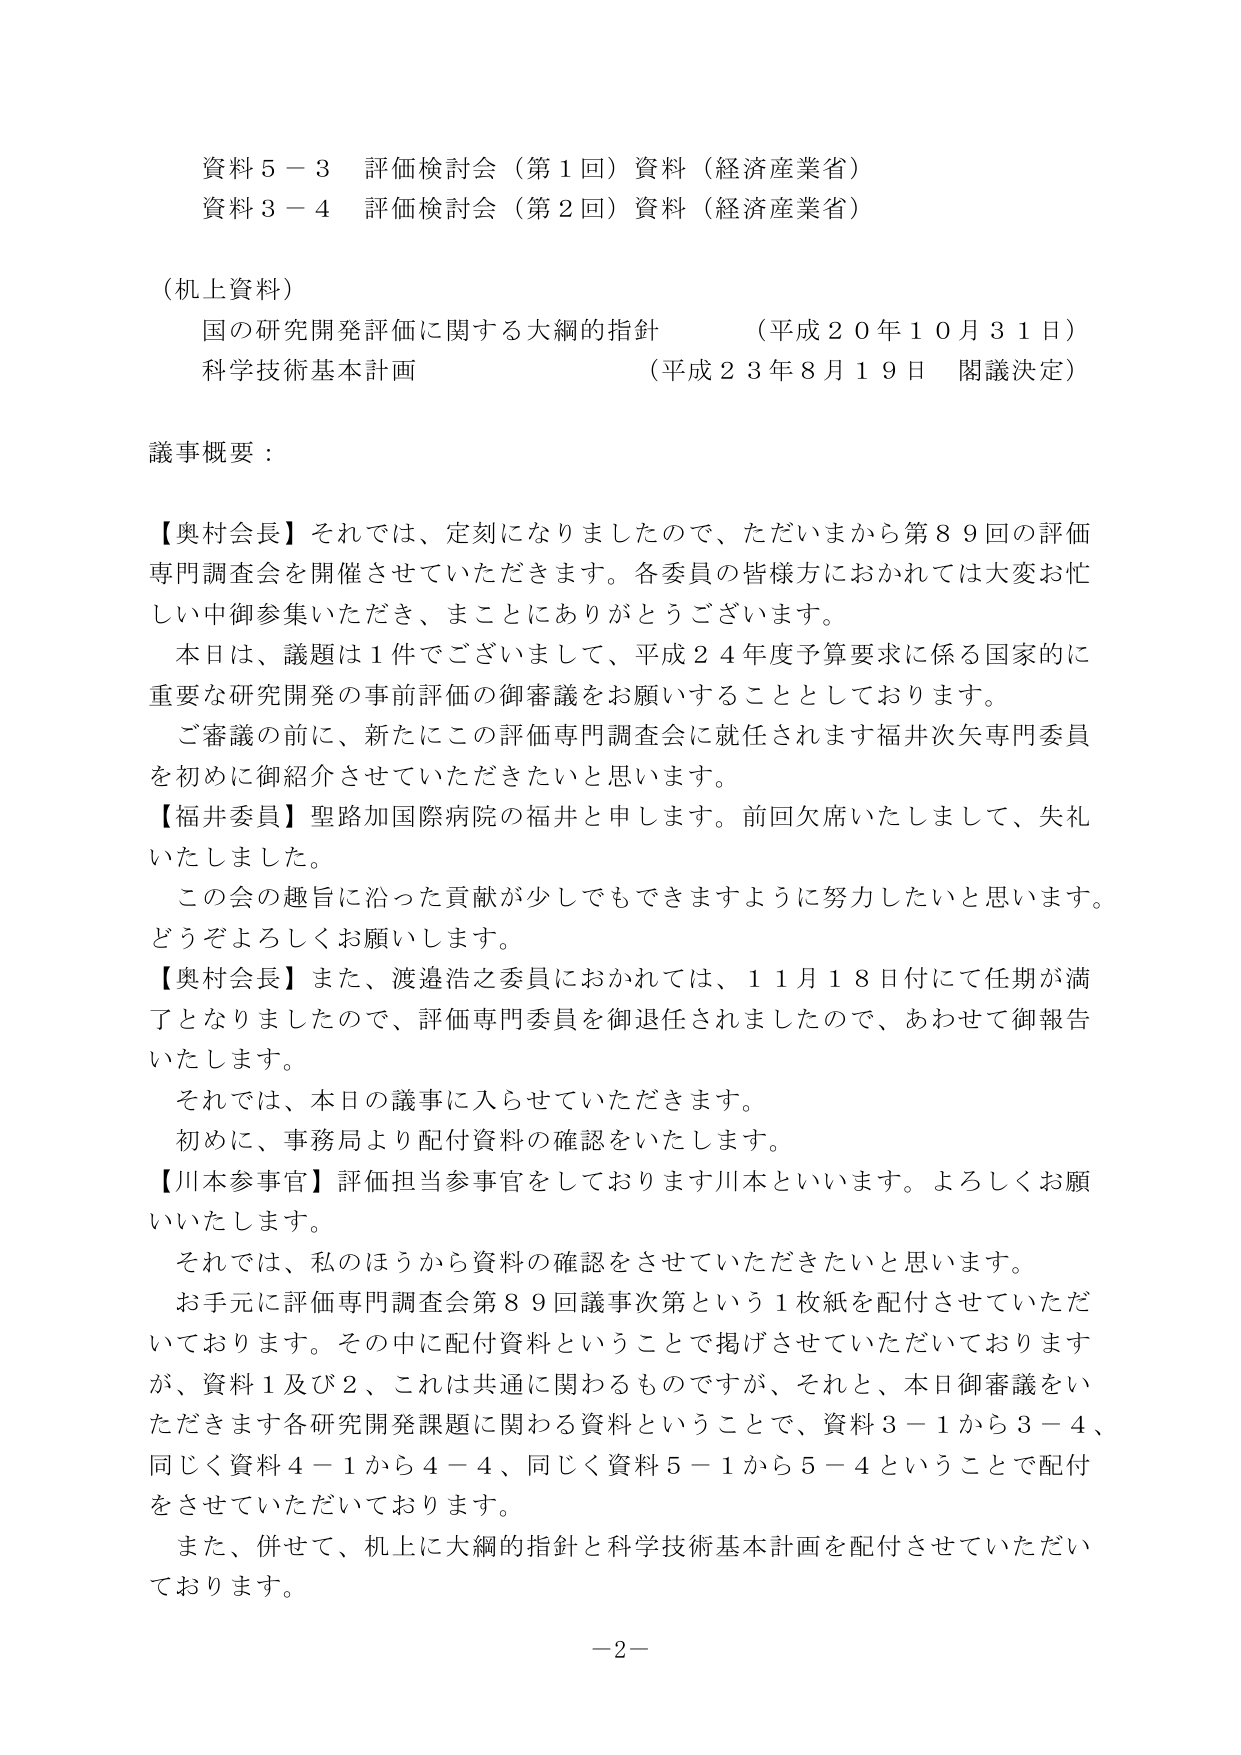
資料５－３ 評価検討会（第１回）資料（経済産業省）
資料３－４ 評価検討会（第２回）資料（経済産業省）

（机上資料）
国の研究開発評価に関する大綱的指針 （平成２０年１０月３１日）
科学技術基本計画 （平成２３年８月１９日 関議決定）

議事概要：

【奥村会長】それでは、定刻になりましたので、ただいまから第８９回の評価専門調査会を開催させていただきます。各委員の皆様方におかれては大変お忙しい中御参集いただき、まことにありがとうございます。
本日は、議題は１件でございまして、平成２４年度予算要求に係る国家的に重要な研究開発の事前評価の御審議をお願いすることとしております。
ご審議の前に、新たにこの評価専門調査会に就任されます福井次矢専門委員を初めに御紹介させていただきたいと思います。
【福井委員】聖路加国際病院の福井と申します。前回欠席いたしまして、失礼いたしました。
この会の趣旨に沿った貢献が少しでもできますように努力したいと思います。どうぞよろしくお願いします。
【奥村会長】また、渡邉浩之委員におかれては、１１月１８日付にて任期が満了となりましたので、評価専門委員を御退任されましたので、あわせて御報告いたします。
それでは、本日の議事に入らせていただきます。
初めに、事務局より配付資料の確認をいたします。
【川本参事官】評価担当参事官をしております川本といいます。よろしくお願いいたします。
それでは、私のほうから資料の確認をさせていただきたいと思います。
お手元に評価専門調査会第８９回議事次第という１枚紙を配付させていただいております。その中に配付資料ということで掲げさせていただいておりますが、資料１及び２、これは共通に関わるものですが、それと、本日御審議をいただきます各研究開発課題に関する資料ということで、資料３－１から３－４、同じく資料４－１から４－４、同じく資料５－１から５－４ということで配付をさせていただいております。
また、併せて、机上に大綱的指針と科学技術基本計画を配付させていただいております。

－２－